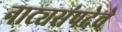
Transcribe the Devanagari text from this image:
नाट्यसंपदेचे